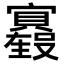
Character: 𫴢